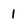
Character: 1